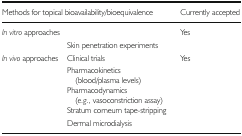
<table><thead><tr><td colspan="2"><b>Methods for topical bioavailability/bioequivalence</b></td><td><b>Currently accepted</b></td></tr></thead><tbody><tr><td rowspan="2"><i>In vitro</i> approaches</td><td>[EMPTY_CELL]</td><td>Yes</td></tr><tr><td>Skin penetration experiments</td><td>[EMPTY_CELL]</td></tr><tr><td rowspan="5"><i>In vivo</i> approaches</td><td>Clinical trials</td><td>Yes</td></tr><tr><td>Pharmacokinetics (blood/plasma levels)</td><td>[EMPTY_CELL]</td></tr><tr><td>Pharmacodynamics (<i>e.g.</i>, vasoconstriction assay)</td><td>[EMPTY_CELL]</td></tr><tr><td>Stratum corneum tape-stripping</td><td>[EMPTY_CELL]</td></tr><tr><td>Dermal microdialysis</td><td>[EMPTY_CELL]</td></tr></tbody></table>